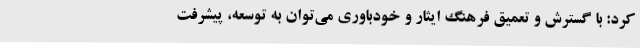
کرد: با گسترش و تعمیق فرهنگ ایثار و خودباوری می‌توان به توسعه، پیشرفت